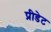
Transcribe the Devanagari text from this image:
प्रीडेट